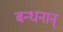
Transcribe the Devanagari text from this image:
बन्धनान्